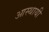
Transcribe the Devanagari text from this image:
आस्थायी